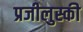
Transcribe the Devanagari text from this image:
प्रजीलुस्की